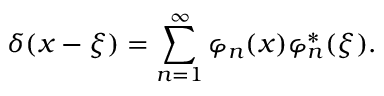
\delta ( x - \xi ) = \sum _ { n = 1 } ^ { \infty } \varphi _ { n } ( x ) \varphi _ { n } ^ { * } ( \xi ) .